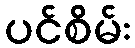
ပင်စိမ်း